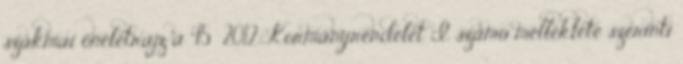
szakmai önéletrajz a 45 2012. Kormányrendelet I. számú melléklete szerinti